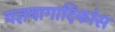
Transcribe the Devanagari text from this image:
यज्ञयागादिकांस